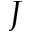
J